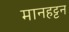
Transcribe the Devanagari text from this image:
मानहट्टन